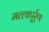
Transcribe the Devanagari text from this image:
मत्त्वपूर्र्ण